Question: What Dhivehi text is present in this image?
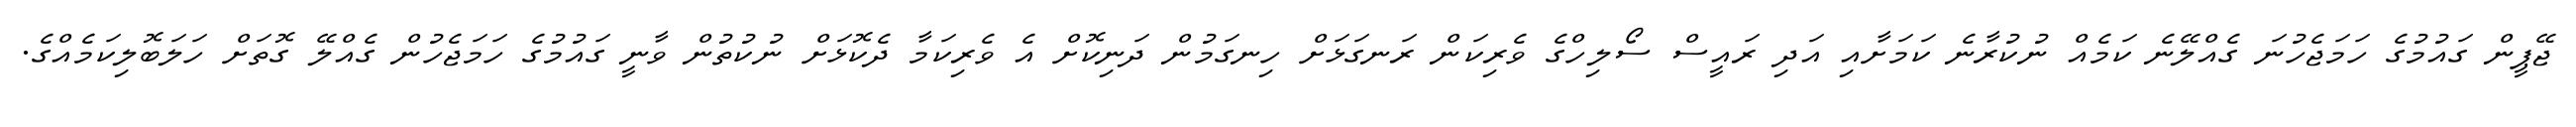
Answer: ޖޭޕީން ގައުމުގެ ހަމަޖެހުނަ ގެއްލޭނެ ކަމެއް ނުކުރާނެ ކަމަށާއި އަދި ރައީސް ސޯލިހްގެ ވެރިކަން ރަނގަޅަށް ހިނގަމުން ދަނިކޮށް އެ ވެރިކަމާ ދެކޮޅަށް ނުކުތުން ވާނީ ގައުމުގެ ހަމަޖެހުން ގެއްލޭ ގޮތަށް ހަލަބޮލިކަމެއްގެ.